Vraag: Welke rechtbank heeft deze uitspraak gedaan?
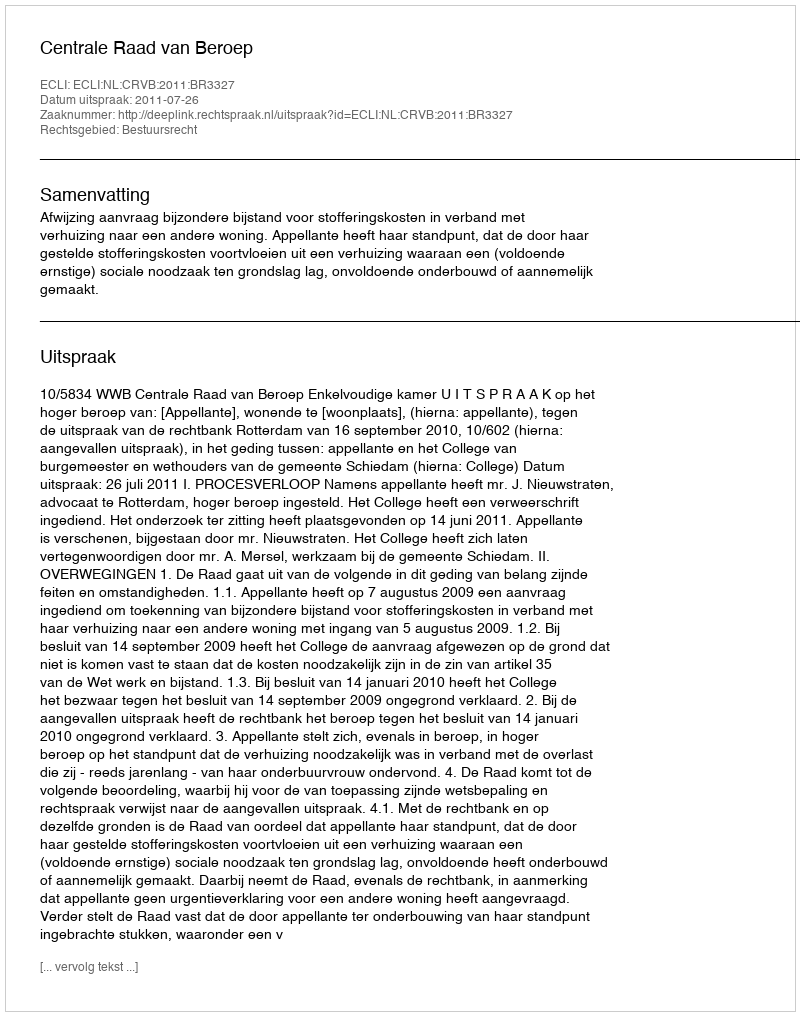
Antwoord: Centrale Raad van Beroep